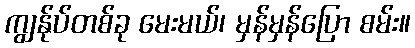
ကျွန်ုပ်တစ်ခု မေးမယ်၊ မှန်မှန်ပြော စမ်း။